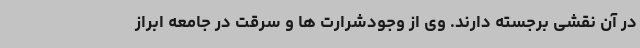
در آن نقشی برجسته دارند. وی از وجودشرارت ها و سرقت در جامعه ابراز